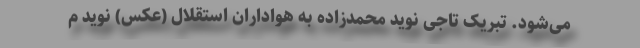
می‌شود. تبریک تاجی نوید محمدزاده به هواداران استقلال (عکس) نوید م